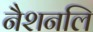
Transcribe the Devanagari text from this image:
नैशनलि